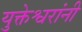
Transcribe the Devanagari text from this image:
युक्तेश्वरांनी